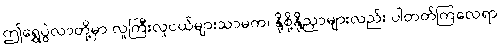
ဤရွှေပွဲလာတို့မှာ လူကြီးလူငယ်များသာမက၊ နို့စို့နို့ညှာများလည်း ပါတတ်ကြလေရာ၊